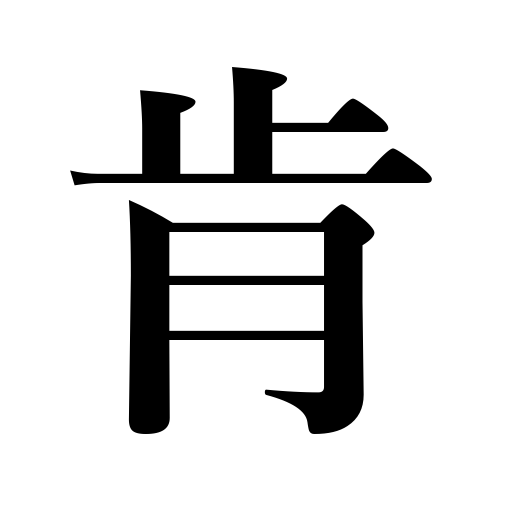
Meanings: comply with,undertake,consent,agree to